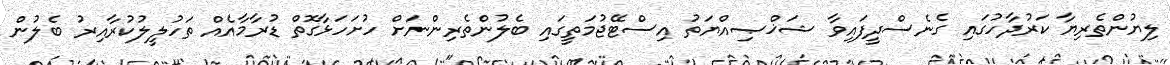
ލިޔުންތެރިޔާ ކަރުދާހުގައި ގެނެސްދީފައިވާ ޝަޚްޞިއްޔަތު އިސްޓޭޖުމަތީގައި ބެލުންތެރިންނަށް ހުށަހަޅާގޮތް ޑުރާމާއެއް ތަހުލީލުކުރާއިރު ބެލުން